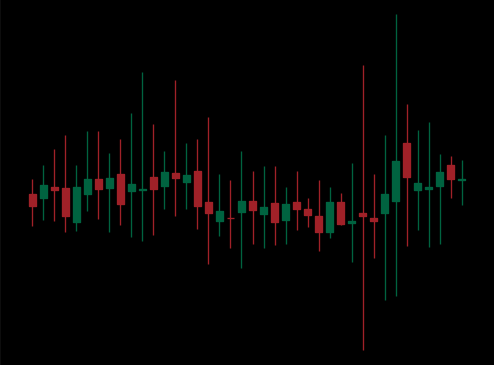
Pattern: unclassified